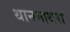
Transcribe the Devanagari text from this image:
थानमाथरा